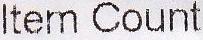
ITEM COUNT